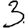
Digit: 3